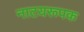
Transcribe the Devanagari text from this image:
नाटयरूपक